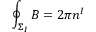
\oint _ { \Sigma _ { I } } B = 2 \pi { } n ^ { I }